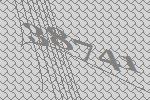
38741